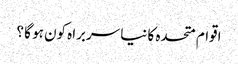
اقوام متحدہ کا نیا سربراہ کون ہو گا ؟